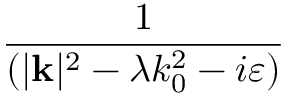
\frac { 1 } { ( | \mathbf { k } | ^ { 2 } - \lambda k _ { 0 } ^ { 2 } - i \varepsilon ) }